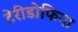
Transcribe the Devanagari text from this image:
टेरीडोफिया